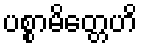
ပစ္စာမိတ္တေဟိ